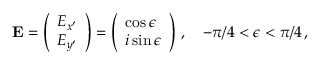
{ \bf E } = \left( \begin{array} { l } { E _ { x ^ { \prime } } } \\ { E _ { y ^ { \prime } } } \end{array} \right) = \left( \begin{array} { l } { \cos \epsilon } \\ { i \sin \epsilon } \end{array} \right) \, , ~ ~ ~ - \pi / 4 < \epsilon < \pi / 4 \, ,